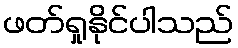
ဖတ်ရှုနိုင်ပါသည်